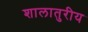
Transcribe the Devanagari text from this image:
शालातुरीय